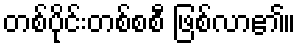
တစ်ပိုင်းတစ်စစီ ဖြစ်လာ၏။